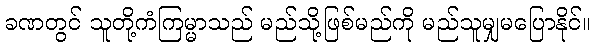
ခဏတွင် သူတို့ကံကြမ္မာသည် မည်သို့ဖြစ်မည်ကို မည်သူမျှမပြောနိုင်။